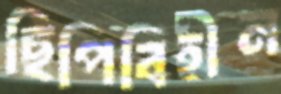
ছিপিবিহীন